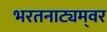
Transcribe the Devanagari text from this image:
भरतनाट्यम्‌वर